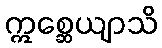
ဣစ္ဆေယျာသိ